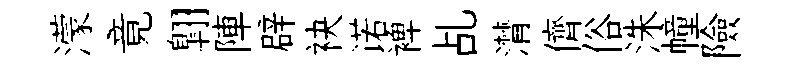
濛竟翺陣辟袂诺裨乩潸儕俗洙幢險